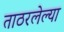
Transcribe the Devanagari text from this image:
ताठरलेल्या